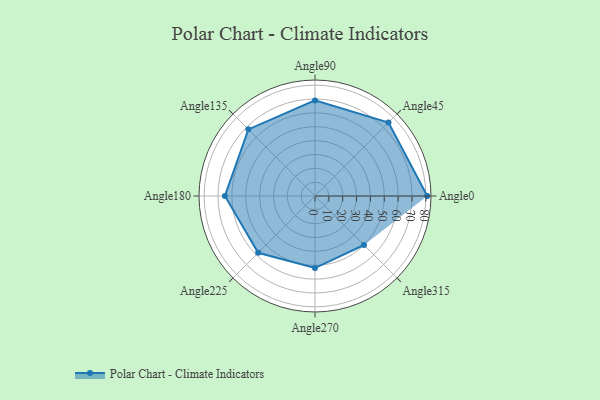
{"axis": {"x": "Angle", "y": "Radius"}, "legend": [""], "data": [{"x": "Angle0", "y": 81.0, "type": ""}, {"x": "Angle45", "y": 75.0, "type": ""}, {"x": "Angle90", "y": 69.0, "type": ""}, {"x": "Angle135", "y": 68.0, "type": ""}, {"x": "Angle180", "y": 65.0, "type": ""}, {"x": "Angle225", "y": 58.0, "type": ""}, {"x": "Angle270", "y": 52.0, "type": ""}, {"x": "Angle315", "y": 50, "type": ""}]}